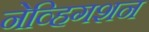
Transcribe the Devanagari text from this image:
नेव्हिगशन